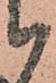
被